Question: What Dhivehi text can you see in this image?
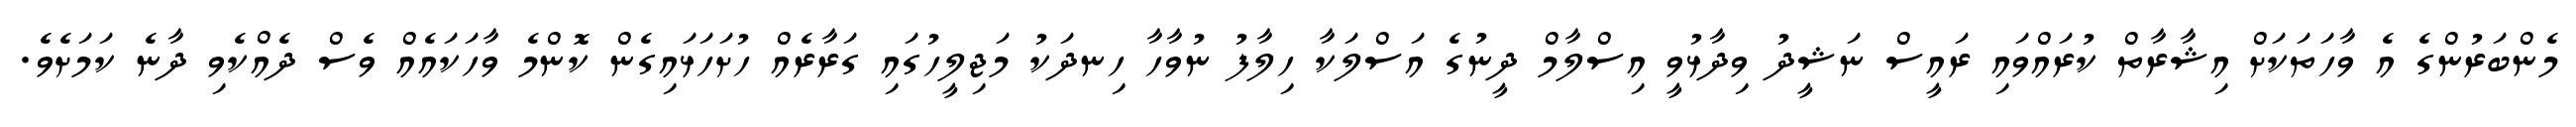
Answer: މެންބަރުންގެ އެ ވާހަތަކަށް އިޝާރާތް ކުރައްވައި ރައީސް ނަޝީދު ވިދާޅުވީ އިސްލާމް ދީނުގެ އަސްލަކާ ހިލާފު ނުވާހާ ހިނދަކު މަޖިލީހުގައި ގަރާރެއް ހުށަހަޅައިގެން ކޮންމެ ވާހަކައެއް ވެސް ދެއްކެވި ދާނެ ކަމަށެވެ.